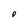
Character: O